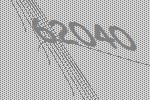
62040